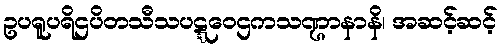
ဥပရူပရိဌပိတသီသပဋ္ဋဝေဌကသဏ္ဌာနာနိ၊ အဆင့်ဆင့်